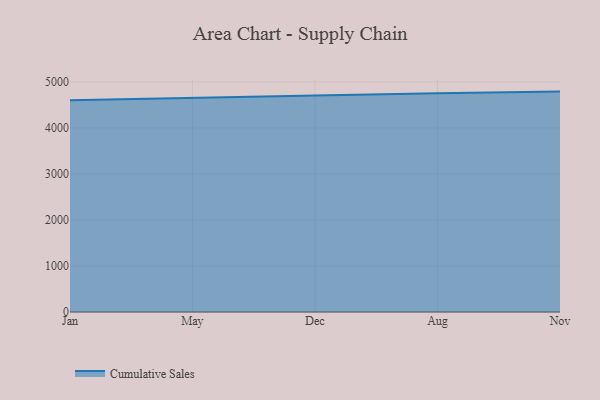
{"axis": {"x": "Month", "y": "Waste Production (Tons)"}, "legend": ["Cumulative Sales"], "data": [{"x": "Jan", "y": 4599.8, "type": "Cumulative Sales"}, {"x": "May", "y": 4657.1, "type": "Cumulative Sales"}, {"x": "Dec", "y": 4706.8, "type": "Cumulative Sales"}, {"x": "Aug", "y": 4754.7, "type": "Cumulative Sales"}, {"x": "Nov", "y": 4789.1, "type": "Cumulative Sales"}]}